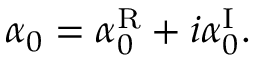
\alpha _ { 0 } = \alpha _ { 0 } ^ { \mathrm { R } } + i \alpha _ { 0 } ^ { \mathrm { I } } .